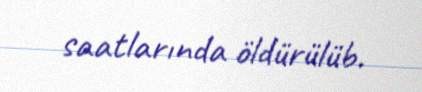
saatlarında öldürülüb.